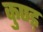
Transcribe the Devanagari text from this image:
कुण्ड़